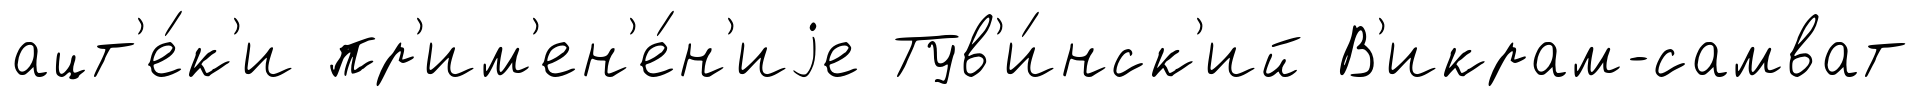
ацт'е́к'и пр'им'ен'е́н'иjе Тув'и́нск'ий В'икрам-самват